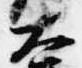
大